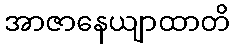
အာဇာနေယျာထာတိ